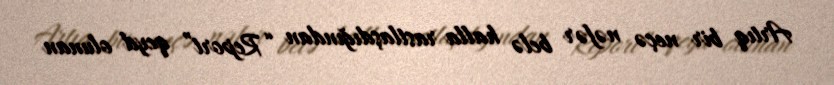
Artıq bir neçə nəfər belə halla rastlaşdığından “Report” qeyd olunan